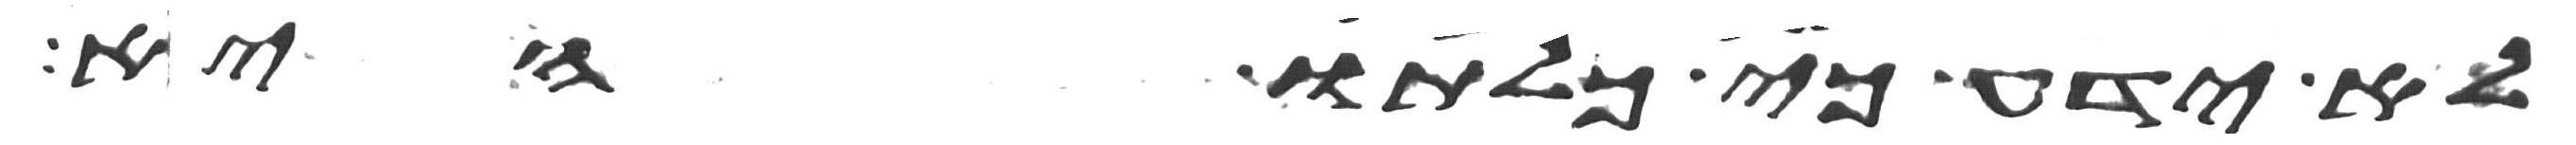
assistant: לא ידע כי כלתו היא